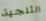
الثلجية